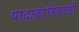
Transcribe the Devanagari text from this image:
पादाक्रांतिकाळी